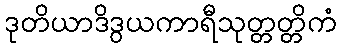
ဒုတိယာဒိဒွယကာရီသုတ္တတ္တိကံ